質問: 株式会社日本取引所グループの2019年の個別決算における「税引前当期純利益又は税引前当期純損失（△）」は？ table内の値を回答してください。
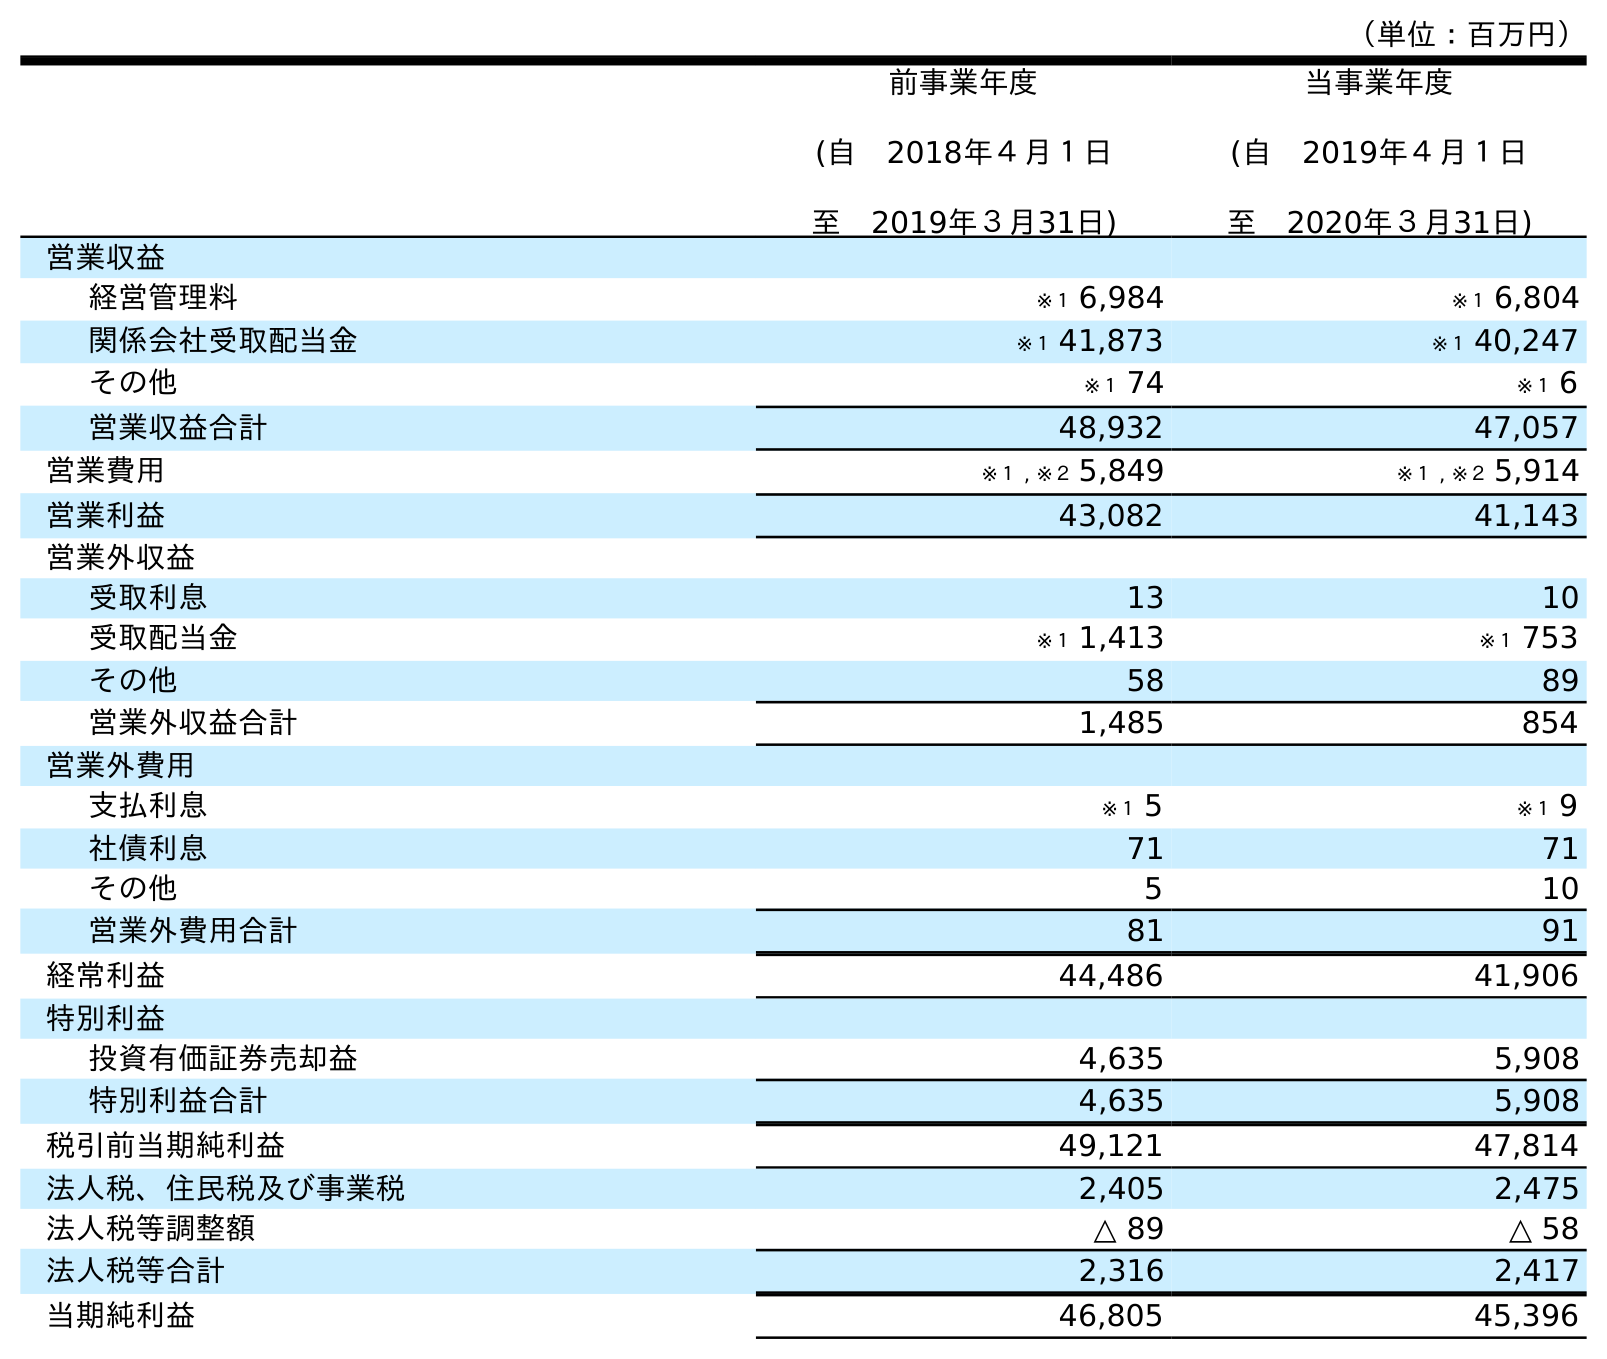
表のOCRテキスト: （単位：百万円） 前事業年度 (自 2018年４月１日 至 2019年３月31日) 当事業年度 (自 2019年４月１日 至 2020年３月31日) 営業収益 経営管理料 ※１ 6,984 ※１ 6,804 関係会社受取配当金 ※１ 41,873 ※１ 40,247 その他 ※１ 74 ※１ 6 営業収益合計 48,932 47,057 営業費用 ※１ , ※２ 5,849 ※１ , ※２ 5,914 営業利益 43,082 41,143 営業外収益 受取利息 13 10 受取配当金 ※１ 1,413 ※１ 753 その他 58 89 営業外収益合計 1,485 854 営業外費用 支払利息 ※１ 5 ※１ 9 社債利息 71 71 その他 5 10 営業外費用合計 81 91 経常利益 44,486 41,906 特別利益 投資有価証券売却益 4,635 5,908 特別利益合計 4,635 5,908 税引前当期純利益 49,121 47,814 法人税、住民税及び事業税 2,405 2,475 法人税等調整額 △ 89 △ 58 法人税等合計 2,316 2,417 当期純利益 46,805 45,396
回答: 49,121